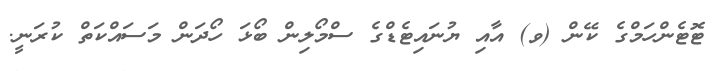
ޓޮޓެންހަމްގެ ކޭން (ވ) އާއި ޔުނައިޓެޑްގެ ސްމޯލިން ބޯޅަ ހޯދަން މަސައްކަތް ކުރަނީ.